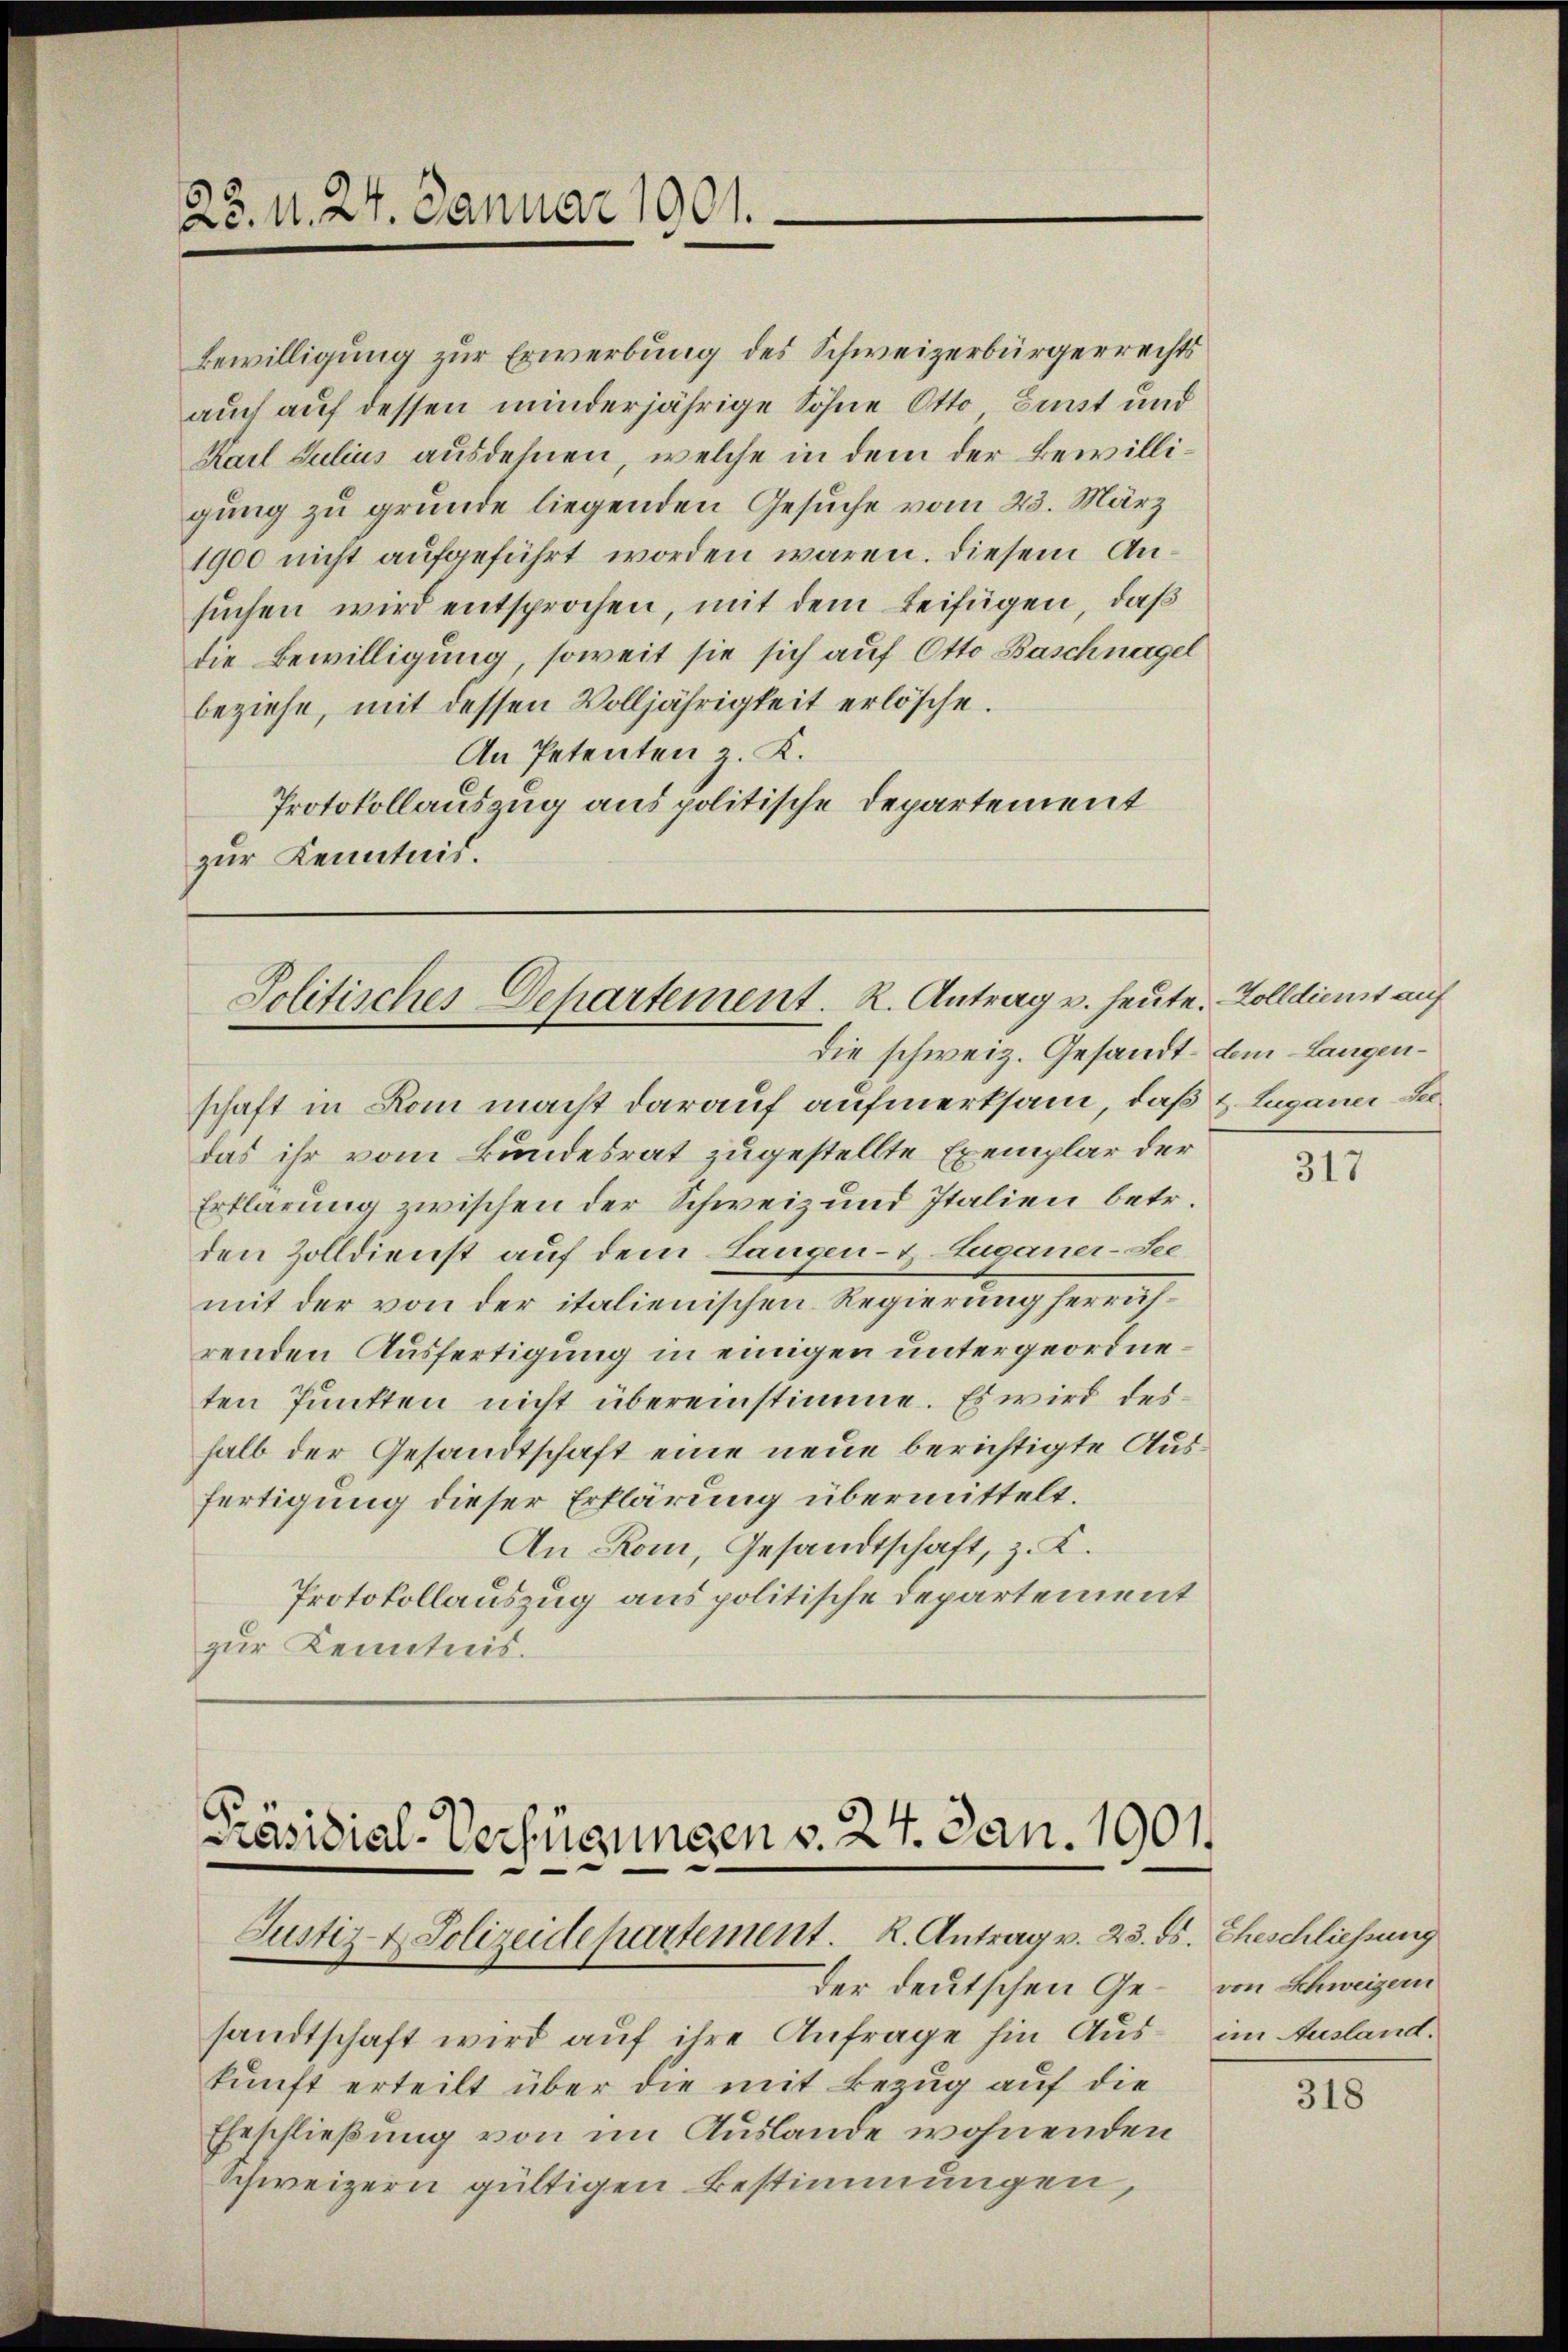
28. d. 24. Januar 1901.

Bewilligung zur Erwerbung des Schweizerbürgerrechts
auch auf dessen minderjährige Sohne Otto Einst und
Karl Julius ausdehnen, welche in dem der Bewilligung zu grunde liegenden Gesuche vom 23. März
1900 nicht aufgeführt worden wären. Diesem Ansuchen wird entsprochen, mit dem Beifügen, daß
die Bewilligung, soweit sie sich auf Otto Baschnagel
beziehe, mit dessen Volljährigkeit erlösche.
An Petenten z. K.
Protokollauszug aus politische Departement
zur Kenntnis.

Politisches Departement. R. Antrag u. heute. - Zolldienst auf
Die schweiz. Gesandt dem Langen¬

Präsidial-Verfügungen v. 24. Jan. 1901.
Justiz- & Polizeidepartement. K. Antrag v. 23. ds. Eheschliessung
der deutschen Ge¬

schaft in Rom macht darauf aufmerksam, daß z. Luganer Seedas ihr vom Bundesrat zugestellte Exemplar der
Erklärung zwischen der Schweiz und Italien betr.
den Zolldienst auf dem Langen- & Zuganer-See
mit der von der italienischen Regierung her
renden Ausfertigung in einigen untergeordneten Punkten nicht übereinstimme. Es wird deshalb der Gesandtschaft eine neue berichtigte Ausfertigung dieser Erklärung übermittelt.
An Rom, Gesandtschaft, z. K.
Protokollauszug aus politische Departement
zur Kenntnis.

sandtschaft wird auf ihre Anfrage hin Aus- im Ausland.
kunft erteilt über die mit Bezug auf die
Eheschließung von im Auslande wohnenden
Schweizern gültigen Bestimmungen,

317

von Schweizern

318